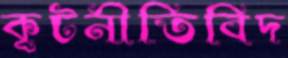
কূটনীতিবিদ